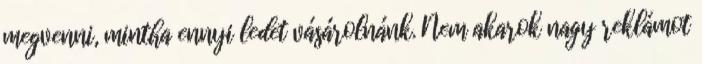
megvenni, mintha ennyi ledet vásárolnánk. Nem akarok nagy reklámot